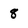
Character: 8